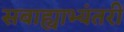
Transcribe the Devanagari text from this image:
सबाह्याभ्यंतरीं